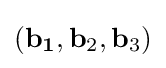
\left(\mathbf {b_{1}} ,\mathbf {b} _{2},\mathbf {b} _{3}\right)